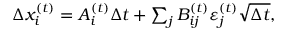
\begin{array} { r } { \Delta x _ { i } ^ { ( t ) } = A _ { i } ^ { ( t ) } \Delta t + \sum _ { j } B _ { i j } ^ { ( t ) } \varepsilon _ { j } ^ { ( t ) } \sqrt { \Delta t } , } \end{array}